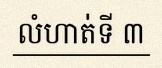
លំហាត់ទី ៣